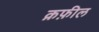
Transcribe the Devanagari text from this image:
क़फ़ील